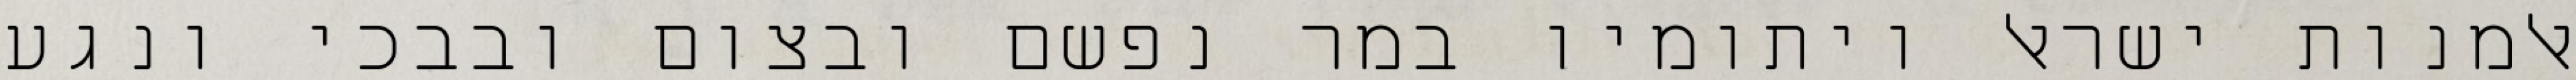
אלמנות ישראל ויתומיו במר נפשם ובצום ובבכי ונגע